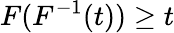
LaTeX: F(F^{-1}(t))\geq t